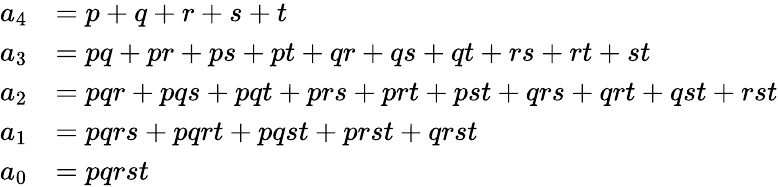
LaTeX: \begin{array}{rl}{a_{4}}&{=p+q+r+s+t}\\ {a_{3}}&{=pq+pr+ps+pt+qr+qs+qt+rs+rt+st}\\ {a_{2}}&{=pqr+pqs+pqt+prs+prt+pst+qrs+qrt+qst+rst}\\ {a_{1}}&{=pqrs+pqrt+pqst+prst+qrst}\\ {a_{0}}&{=pqrst}\end{array}